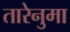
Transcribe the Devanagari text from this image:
तारेनुमा